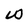
Character: W